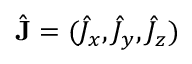
\hat { \mathbf { J } } = ( \hat { J } _ { x } , \hat { J } _ { y } , \hat { J } _ { z } )